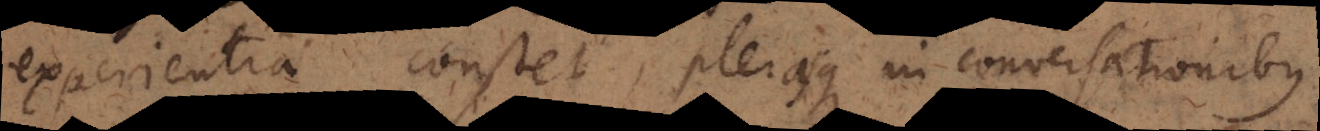
experientia constet, plerasque in conversationibus